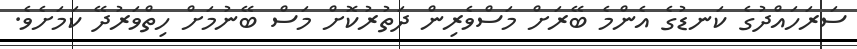
ސަރަހައްދުގެ ކަނޑުގެ އެންމެ ބޭރަށް މަސްވެރިން ދަތުރުކޮށް މަސް ބޭނުމަށް ހިތްވަރުދޭ ކަަމަށެވެ.